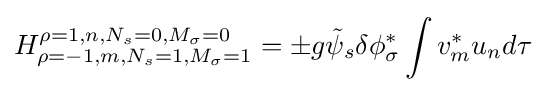
H_{\rho =-1,m,N_{s}=1,M_{\sigma }=1}^{\rho =1,n,N_{s}=0,M_{\sigma }=0}=\pm g{\tilde {\psi }}_{s}\delta \phi _{\sigma }^{*}\int v_{m}^{*}u_{n}d\tau